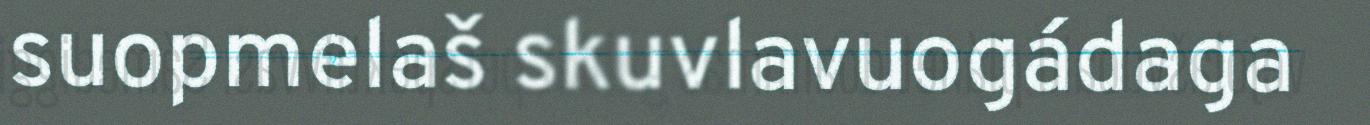
suopmelaš skuvlavuogádaga